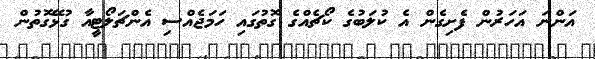
އަންނަ އަހަރުން ފެށިގެން އެ ކުލަބުގެ ކޯޗެއްގެ ގޮތުގައި ހަމަޖެއްސި އެންޗަލޯޓީއާ ގުޅޭގޮތުން